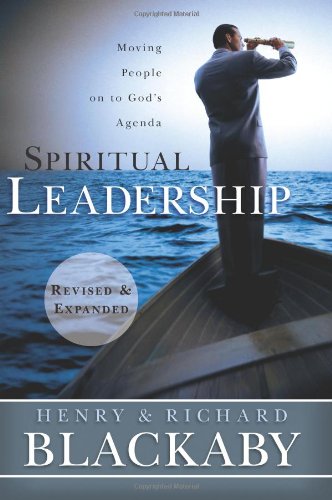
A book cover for Spiritual Leadership: Moving People on to God's Agenda, Revised and Expanded; Henry T. Blackaby; Christian Books & Bibles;